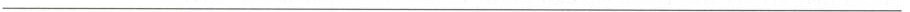
___